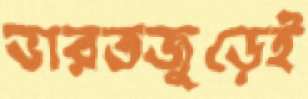
ভারতজুড়েই